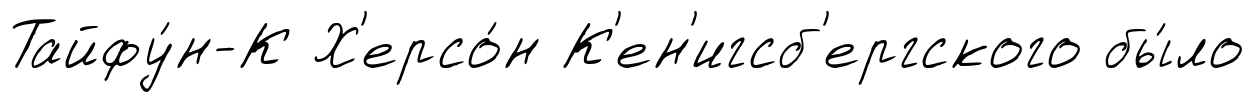
Тайфу́н-К Х'ерсо́н К'ен'игсб'ергского бы́ло